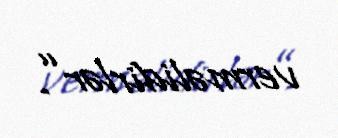
verməlidirlər”.